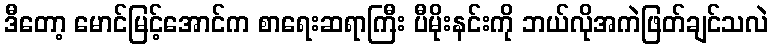
ဒီတော့ မောင်မြင့်အောင်က စာရေးဆရာကြီး ပီမိုးနင်းကို ဘယ်လိုအကဲဖြတ်ချင်သလဲ